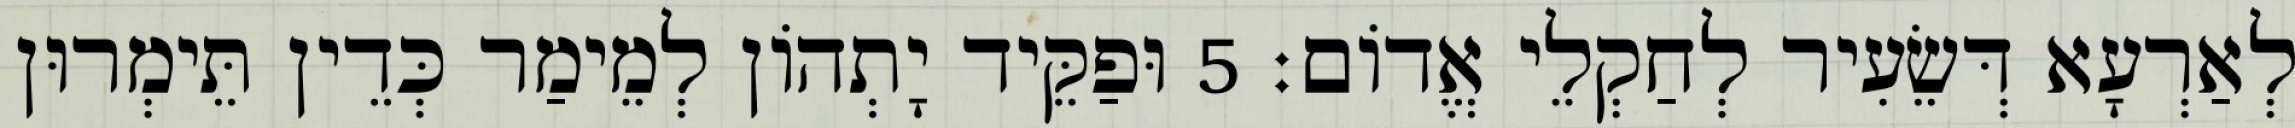
לְאַרְעָא דְּשֵׂעִיר לְחַקְלֵי אֱדוֹם׃ 5 וּפַקֵּיד יָתְהוֹן לְמֵימַר כְּדֵין תֵּימְרוּן